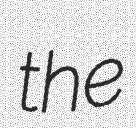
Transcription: the